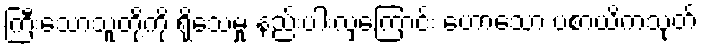
ကြီးသောသူတို့ကို ရိုသေမှု နည်းပါးလှကြောင်း ဟောသော ပစာယိကသုတ်